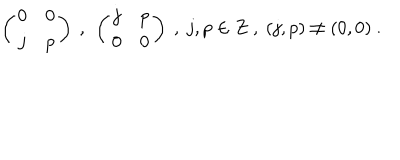
\left( \begin{array} { c c } { { 0 } } & { { 0 } } \\ { { j } } & { { p } } \\ \end{array} \right) \ , \ \left( \begin{array} { c c } { { j } } & { { p } } \\ { { 0 } } & { { 0 } } \\ \end{array} \right) \ , \ j , p \in Z \ , \ ( j , p ) \neq ( 0 , 0 ) \ .